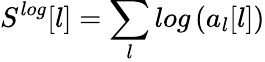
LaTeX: S^{log}[l]=\sum_{l}log\left(a_{l}[l]\right)